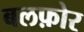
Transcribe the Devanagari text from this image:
बलफ़ोर